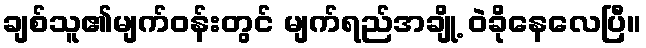
ချစ်သူ၏မျက်ဝန်းတွင် မျက်ရည်အချို့ ဝဲခိုနေလေပြီ။